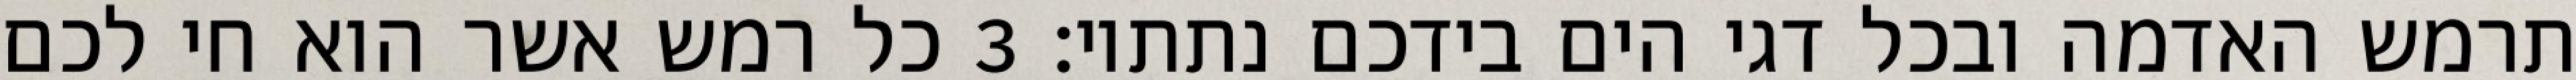
תרמש האדמה ובכל דגי הים בידכם נתתיו׃ ‎3‏ כל רמש אשר הוא חי לכם